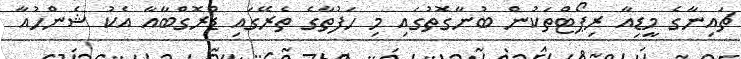
ޗައިނާގެ މީޑިއާ ރިޕޯޓްތަކުން ބުނާގޮތުގައި މި ހަފުތާގެ ތެރޭގައި ޑްރޮގްބާއާ އެކު ޝެންހުއާ